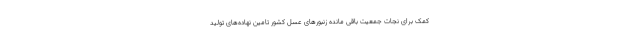
کمک برای نجات جمعیت باقی مانده زنبورهای عسل کشور تامین نهاده‌های تولید